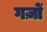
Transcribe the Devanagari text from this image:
गज़ों